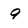
Character: 9